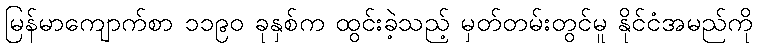
မြန်မာကျောက်စာ ၁၁၉၀ ခုနှစ်က ထွင်းခဲ့သည့် မှတ်တမ်းတွင်မူ နိုင်ငံအမည်ကို